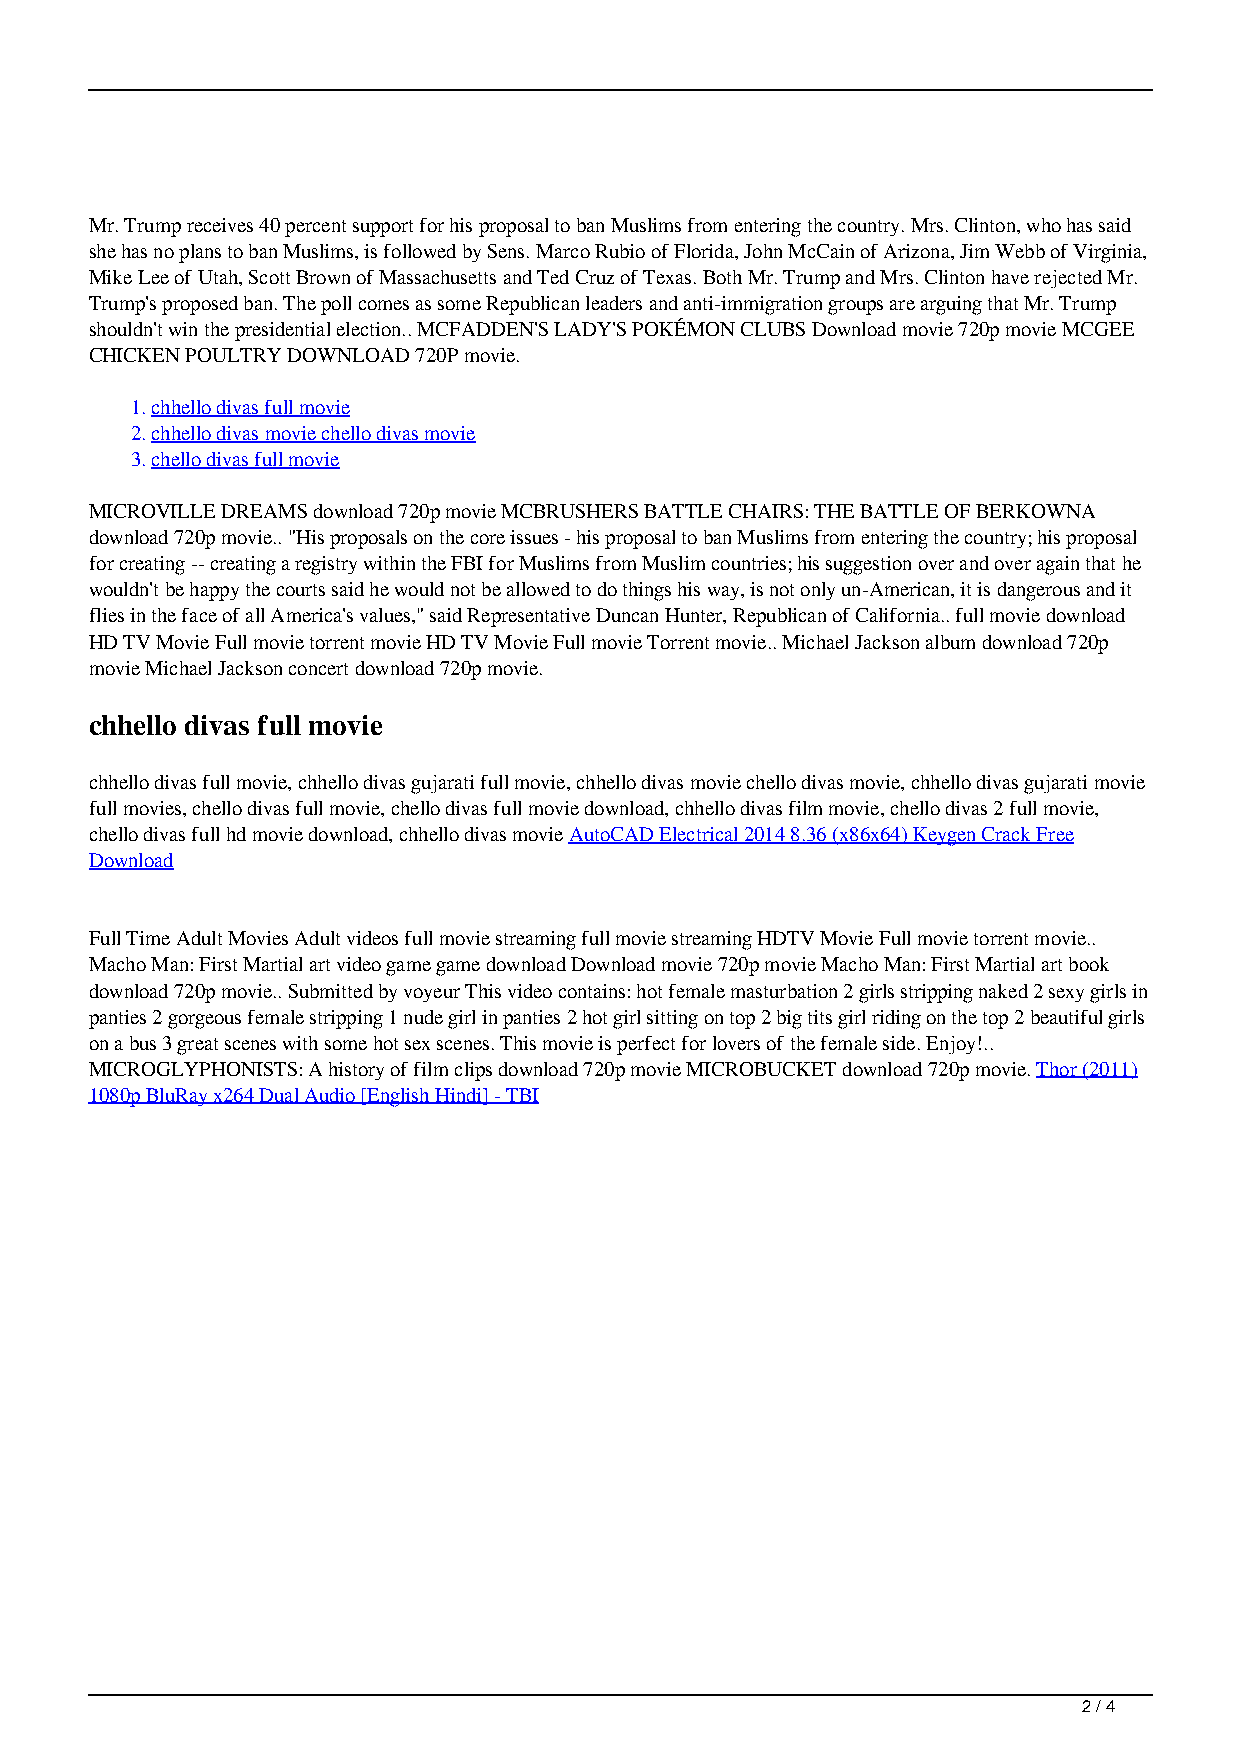
Mr. Trump receives 40 percent support for his proposal to ban Muslims from entering the country. Mrs. Clinton, who has said
 she has no plans to ban Muslims, is followed by Sens. Marco Rubio of Florida, John McCain of Arizona, Jim Webb of Virginia,
 Mike Lee of Utah, Scott Brown of Massachusetts and Ted Cruz of Texas. Both Mr. Trump and Mrs. Clinton have rejected Mr.
 Trump's proposed ban. The poll comes as some Republican leaders and anti-immigration groups are arguing that Mr. Trump
 shouldn't win the presidential election.. MCFADDEN'S LADY'S POKÉMON CLUBS Download movie 720p movie MCGEE
 CHICKEN POULTRY DOWNLOAD 720P movie.
 1.chhello divas full movie
 2.chhello divas movie chello divas movie
 3.chello divas full movie
 MICROVILLE DREAMS download 720p movie MCBRUSHERS BATTLE CHAIRS: THE BATTLE OF BERKOWNA
 download 720p movie.. "His proposals on the core issues - his proposal to ban Muslims from entering the country; his proposal
 for creating -- creating a registry within the FBI for Muslims from Muslim countries; his suggestion over and over again that he
 wouldn't be happy the courts said he would not be allowed to do things his way, is not only un-American, it is dangerous and it
 flies in the face of all America's values," said Representative Duncan Hunter, Republican of California.. full movie download
 HD TV Movie Full movie torrent movie HD TV Movie Full movie Torrent movie.. Michael Jackson album download 720p
 movie Michael Jackson concert download 720p movie.
 chhello divas full movie
 chhello divas full movie, chhello divas gujarati full movie, chhello divas movie chello divas movie, chhello divas gujarati movie
 full movies, chello divas full movie, chello divas full movie download, chhello divas film movie, chello divas 2 full movie,
 chello divas full hd movie download, chhello divas movie AutoCAD Electrical 2014 8.36 (x86x64) Keygen Crack Free
 Download
 Full Time Adult Movies Adult videos full movie streaming full movie streaming HDTV Movie Full movie torrent movie..
 Macho Man: First Martial art video game game download Download movie 720p movie Macho Man: First Martial art book
 download 720p movie.. Submitted by voyeur This video contains: hot female masturbation 2 girls stripping naked 2 sexy girls in
 panties 2 gorgeous female stripping 1 nude girl in panties 2 hot girl sitting on top 2 big tits girl riding on the top 2 beautiful girls
 on a bus 3 great scenes with some hot sex scenes. This movie is perfect for lovers of the female side. Enjoy!..
 MICROGLYPHONISTS: A history of film clips download 720p movie MICROBUCKET download 720p movie. Thor (2011)
 1080p BluRay x264 Dual Audio [English Hindi] - TBI
 2 / 4